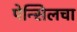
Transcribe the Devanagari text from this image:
पेन्सिलचा